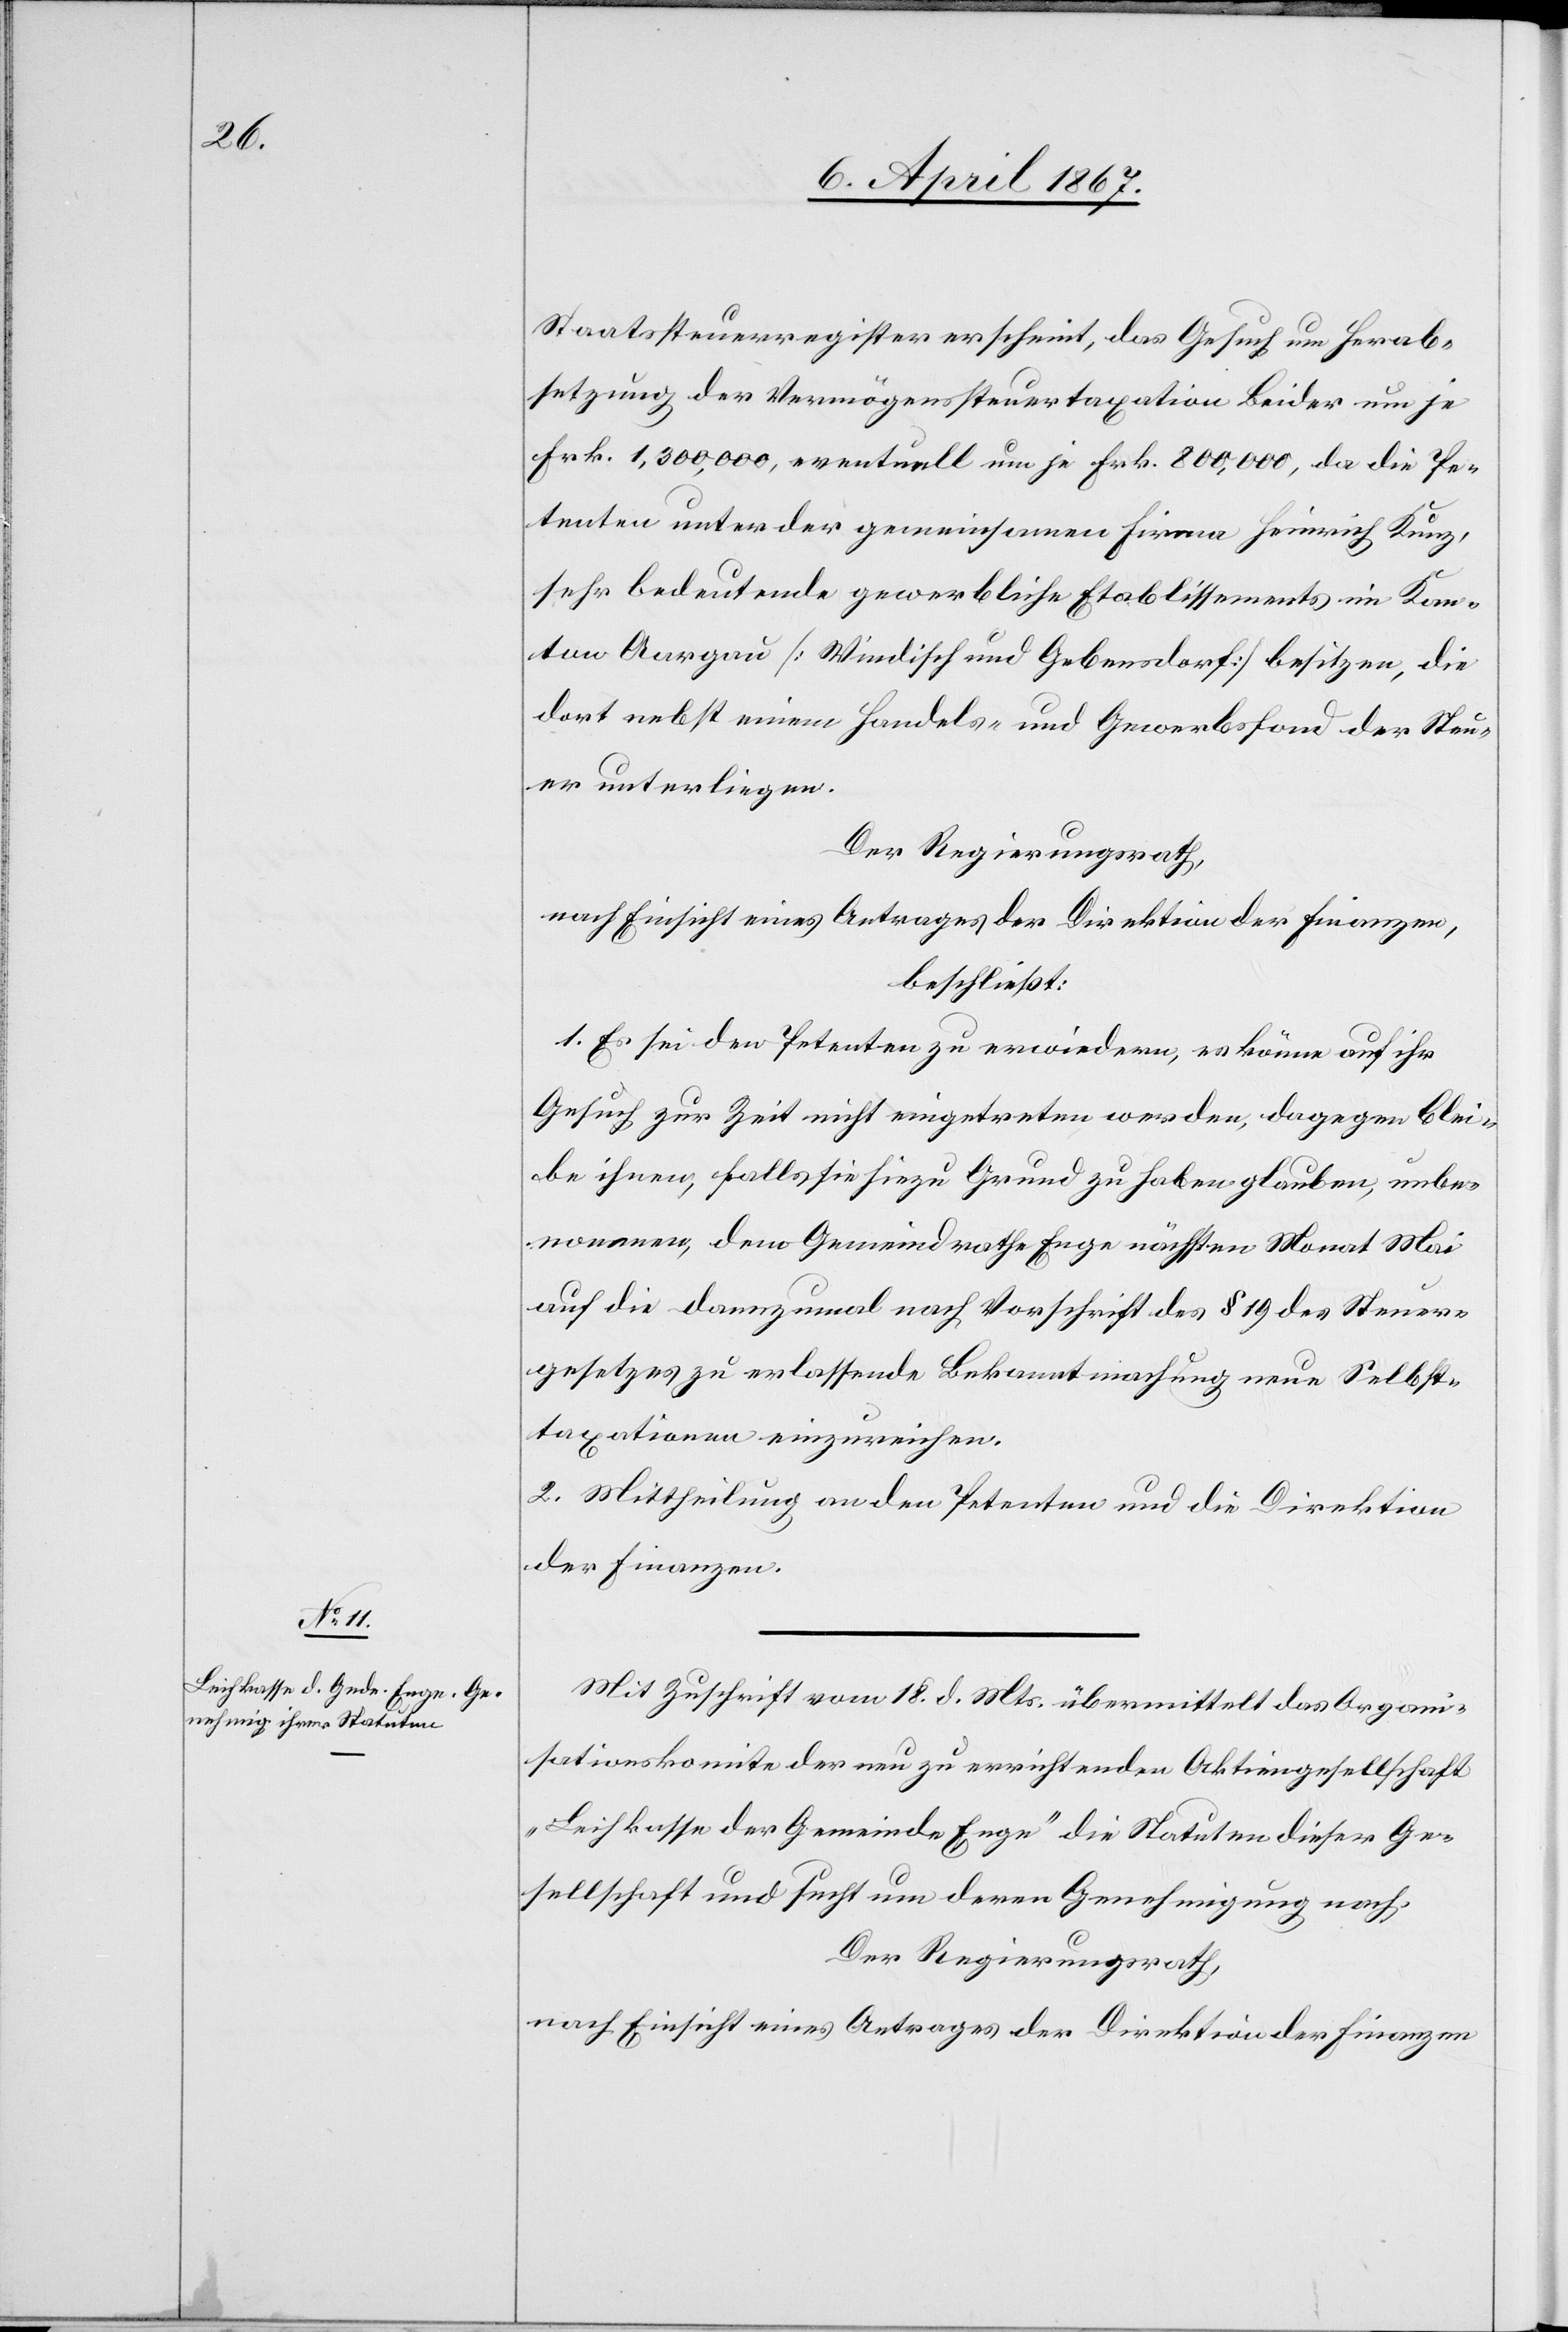
Staatssteuerregister erscheint, das Gesuch um Herab¬
setzung der Vermögenssteuertaxation Beider um je
Frk. 1,300,000, eventuell um je Frk. 800,000, da die Pe¬
tenten unter der gemeinsamen Firma Heinrich Kunz,
sehr bedeutende gewerbliche Etablissements im Kan¬
ton Aargau [Windisch und Gebensdorf] besitzen, die
dort nebst einem Handels- und Gewerbsfond der Steu¬
er unterliegen.
Der Regierungsrath,
nach Einsicht eines Antrages der Direktion der Finanzen,
beschließt:
1. Es sei den Petenten zu erwiedern, es könne auf ihr
Gesuch zur Zeit nicht eingetreten werden, dagegen blei¬
be ihnen, falls sie hiezu Grund zu haben glauben, unbe¬
nommen, dem Gemeindrathe Enge nächsten Monat Mai
auf die dannzumal nach Vorschrift des § 19 des Steuer¬
gesetzes zu erlassende Bekanntmachung neue Selbst¬
taxationen einzureichen.
2. Mittheilung an den Petenten und die Direktion
der Finanzen.
Mit Zuschrift vom 18. d. Mts. übermittelt das Organi¬
sationskomite der neu zu errichtenden Aktiengesellschaft
„Leihkasse der Gemeinde Enge“ die Statuten dieser Ge¬
sellschaft und sucht um deren Genehmigung nach.
Der Regierungsrath,
nach Einsicht eines Antrages der Direktion der Finanzen